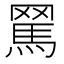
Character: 𦋻